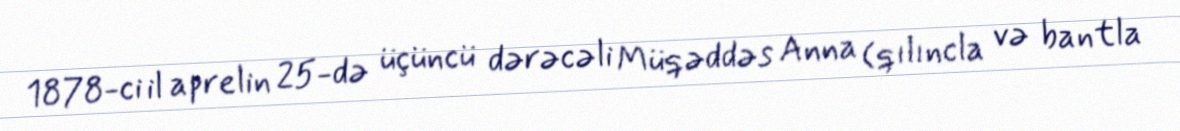
1878-ci il aprelin 25-də üçüncü dərəcəli Müqəddəs Anna (qılıncla və bantla